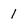
Character: 1